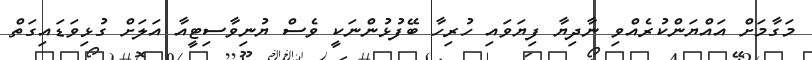
މަގާމަށް އައްޔަންކުރެއްވި ނާދިޔާ ފިޔަވައި ހުރިހާ ބޭފުޅުންނަކީ ވެސް ޔުނިވާސިޓީއާ އަލަށް ގުޅިވަޑައިގަތް